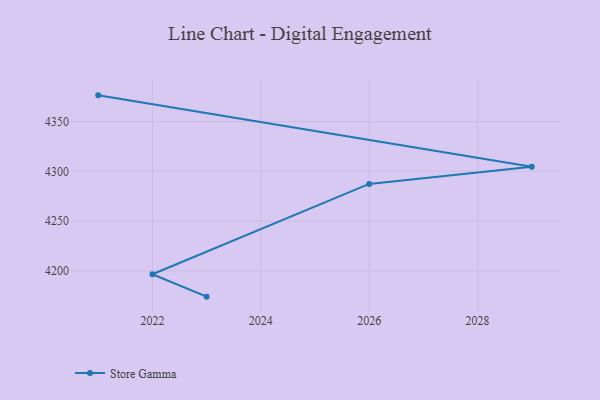
{"axis": {"x": "Year", "y": "Energy Usage (MWh)"}, "legend": ["Store Gamma"], "data": [{"x": "2023", "y": 4174.1, "type": "Store Gamma"}, {"x": "2022", "y": 4196.6, "type": "Store Gamma"}, {"x": "2026", "y": 4287.3, "type": "Store Gamma"}, {"x": "2029", "y": 4304.6, "type": "Store Gamma"}, {"x": "2021", "y": 4376.3, "type": "Store Gamma"}]}